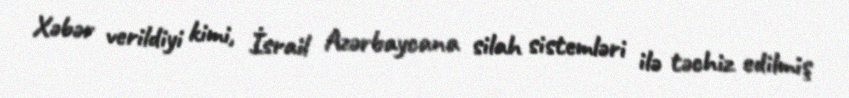
Xəbər verildiyi kimi, İsrail Azərbaycana silah sistemləri ilə təchiz edilmiş